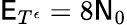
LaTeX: \mathsf{E}_{T^{\epsilon}}=8\mathsf{N}_{0}